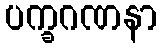
ပက္ခဂဏနာ